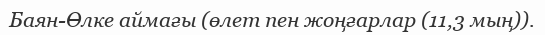
Баян-Өлке аймағы (өлет пен жоңғарлар (11,3 мың)).